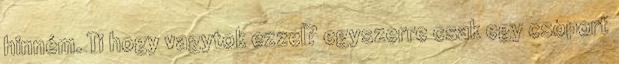
hinném. Ti hogy vagytok ezzel? egyszerre csak egy csoport